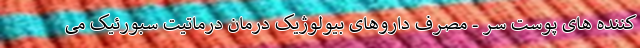
کننده های پوست سر - مصرف داروهای بیولوژیک درمان درماتیت سبورئیک می